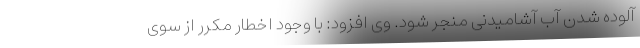
آلوده شدن آب آشامیدنی منجر شود. وی افزود: با وجود اخطار مکرر از سوی